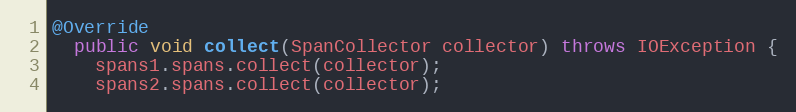
Language: Java
@Override
  public void collect(SpanCollector collector) throws IOException {
    spans1.spans.collect(collector);
    spans2.spans.collect(collector);